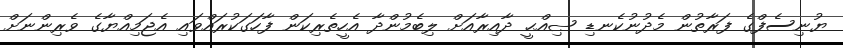
ޔުނިސެފްގެ ފަރާތުން މެދުނުކެނޑި ޞިއްޙީ ދާއިރާއަށް ލިބެމުންދާ އެހީތެރިކަން ފާހަގަކުރައްވައި އެޖަމިއްޔާގެ ވެރިންނަށް